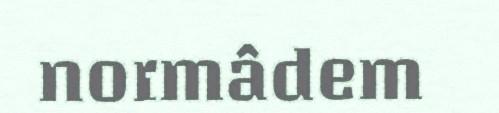
normâdem